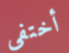
أختفى